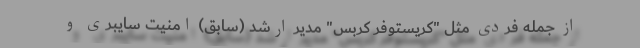
از جمله فردی مثل "کریستوفر کربس" مدیر ارشد (سابق) امنیت سایبری و